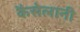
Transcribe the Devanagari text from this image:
कैसेलानी